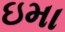
ઇમા